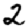
Digit: 2